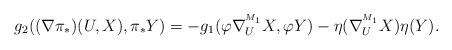
LaTeX: \begin{align*}g_{2}((\nabla\pi_*)(U,X),\pi_*Y)&=-g_{1}(\varphi\nabla^{^{M_1}}_{U}X,\varphi Y)-\eta(\nabla^{^{M_1}}_{U}X)\eta(Y).\end{align*}